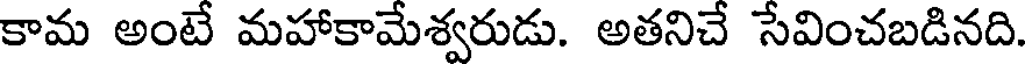
కామ అంటే మహాకామేశ్వరుడు. అతనిచే సేవించబడినది.